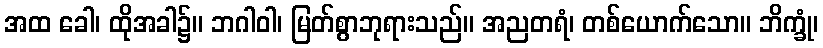
အထ ခေါ၊ ထိုအခါ၌။ ဘဂါဝါ၊ မြတ်စွာဘုရားသည်။ အညတရံ၊ တစ်ယောက်သော။ ဘိက္ခုံ၊